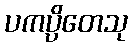
ပကပ္ပိတေသု